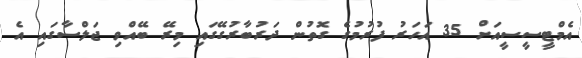
އެމްޓީސީސީއަށް 35 އަހަރު ފުރުމުގެ ގޮތުން ދަރުބާރުގޭގައި މިރޭ ބޭއްވި ޖަލްސާގައި އެ